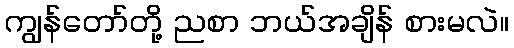
ကျွန်တော်တို့ ညစာ ဘယ်အချိန် စားမလဲ။